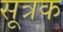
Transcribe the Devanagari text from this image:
सूत्रक